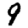
Digit: 9